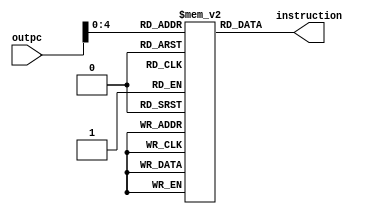
module instructionMemory (input[63:0] outpc,output[31:0] instruction);

	reg [31:0] memory [31:0];
	integer i;
	         
	initial
	begin
		for (i=0; i<32; i=i+1) memory[i] = 32'b0;
		





	end
	
	assign instruction =  memory[outpc[4:0]];

endmodule